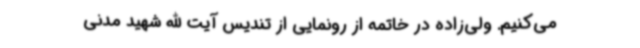
می‌کنیم. ولی‌زاده در خاتمه از رونمایی از تندیس آیت الله شهید مدنی